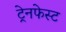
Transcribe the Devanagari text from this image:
ट्रेनफेस्ट